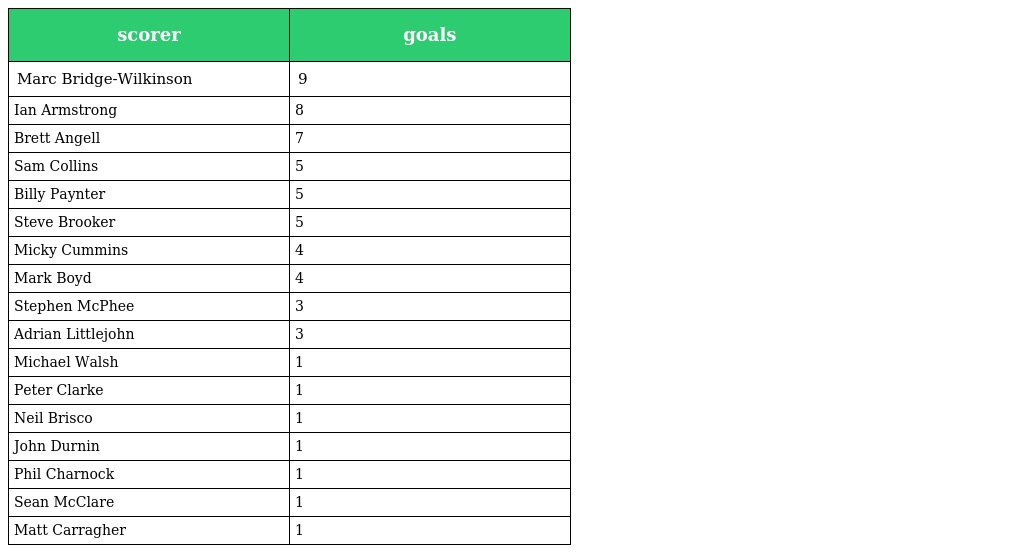
| scorer | goals |
 | --- | --- |
 | Marc Bridge-Wilkinson | 9 |
 | Ian Armstrong | 8 |
 | Brett Angell | 7 |
 | Sam Collins | 5 |
 | Billy Paynter | 5 |
 | Steve Brooker | 5 |
 | Micky Cummins | 4 |
 | Mark Boyd | 4 |
 | Stephen McPhee | 3 |
 | Adrian Littlejohn | 3 |
 | Michael Walsh | 1 |
 | Peter Clarke | 1 |
 | Neil Brisco | 1 |
 | John Durnin | 1 |
 | Phil Charnock | 1 |
 | Sean McClare | 1 |
 | Matt Carragher | 1 |